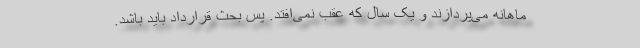
ماهانه می‌پردازند و یک سال که عقب نمی‌افتد. پس بحث قرارداد باید باشد.